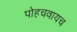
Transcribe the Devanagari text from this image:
पोहचवायच